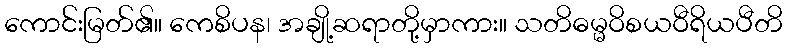
ကောင်းမြတ်၏။ ကေစိပန၊ အချို့ဆရာတို့မှာကား။ သတိဓမ္မဝိစယဝီရိယပီတိ